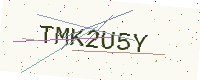
Text: TMK2U5Y